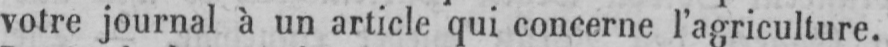
votre journal à un article qui concerne l’agriculture.